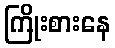
ကြိုးစားနေ